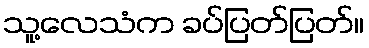
သူ့လေသံက ခပ်ပြတ်ပြတ်။